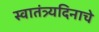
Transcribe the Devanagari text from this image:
स्वातंत्र्यदिनाचे